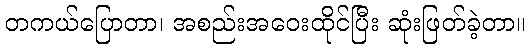
တကယ်ပြောတာ၊ အစည်းအဝေးထိုင်ပြီး ဆုံးဖြတ်ခဲ့တာ။